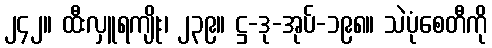
၂၄၂။ ထီးလှူရကျိုး၊ ၂၃၉။ ဋ္ဌ-ဒု-အုပ်-၁၉၈။ သဲပုံစေတီကို